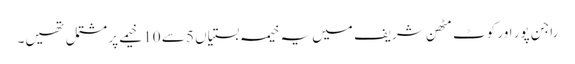
راجن پور اور کوٹ مٹھن شریف میں یہ خیمہ بستیاں 5 سے 10 خیمے پر مشتمل تھیں۔